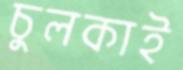
চুলকাই